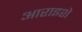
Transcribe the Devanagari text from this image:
आराइशे